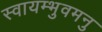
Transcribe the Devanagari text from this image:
स्वायम्भुवमनु